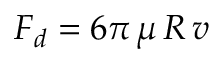
F _ { d } = 6 \pi \, \mu \, R \, v